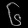
Digit: ၆